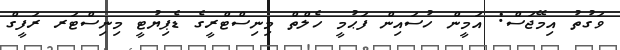
ވަގުތު އިމޭޖަސް: އަމީން ހުސައިން ފަޙުމީ ހެލްތް މިނިސްޓްރީގެ ޑެޕިޔުޓީ މިނިސްޓަރ ރަފީގް